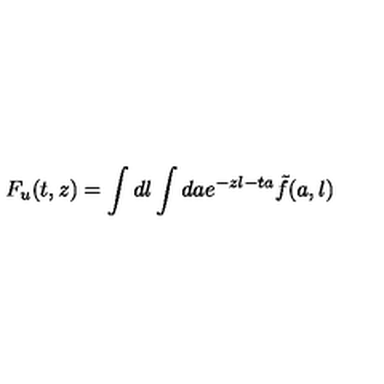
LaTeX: F _ { u } ( t , z ) = \int d l \int d a e ^ { - z l - t a } \tilde { f } ( a , l )